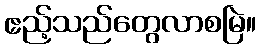
ဧည့်သည်တွေလာစမြဲ။